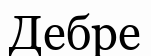
Дебре